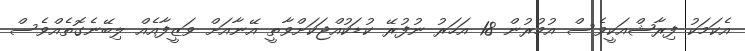
އެކަމަކު ފިރާޝްއަކީވެސް އުމުރުން 18 އަހަރު ނުފުރޭ ކުޑަކުއްޖަކަށްވާތީ އޭނާއަށް ވަޒީފާއެއް ލިބޭނެގޮތެއްވެސް